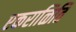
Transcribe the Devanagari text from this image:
एकराळिति